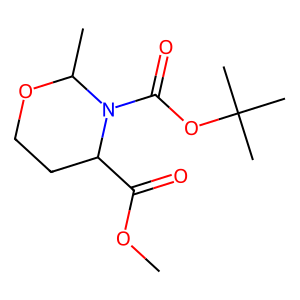
SMILES: COC(=O)C1CCOC(C)N1C(=O)OC(C)(C)C
Inhibits HIV replication: No